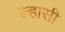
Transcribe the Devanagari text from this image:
ल्हासी